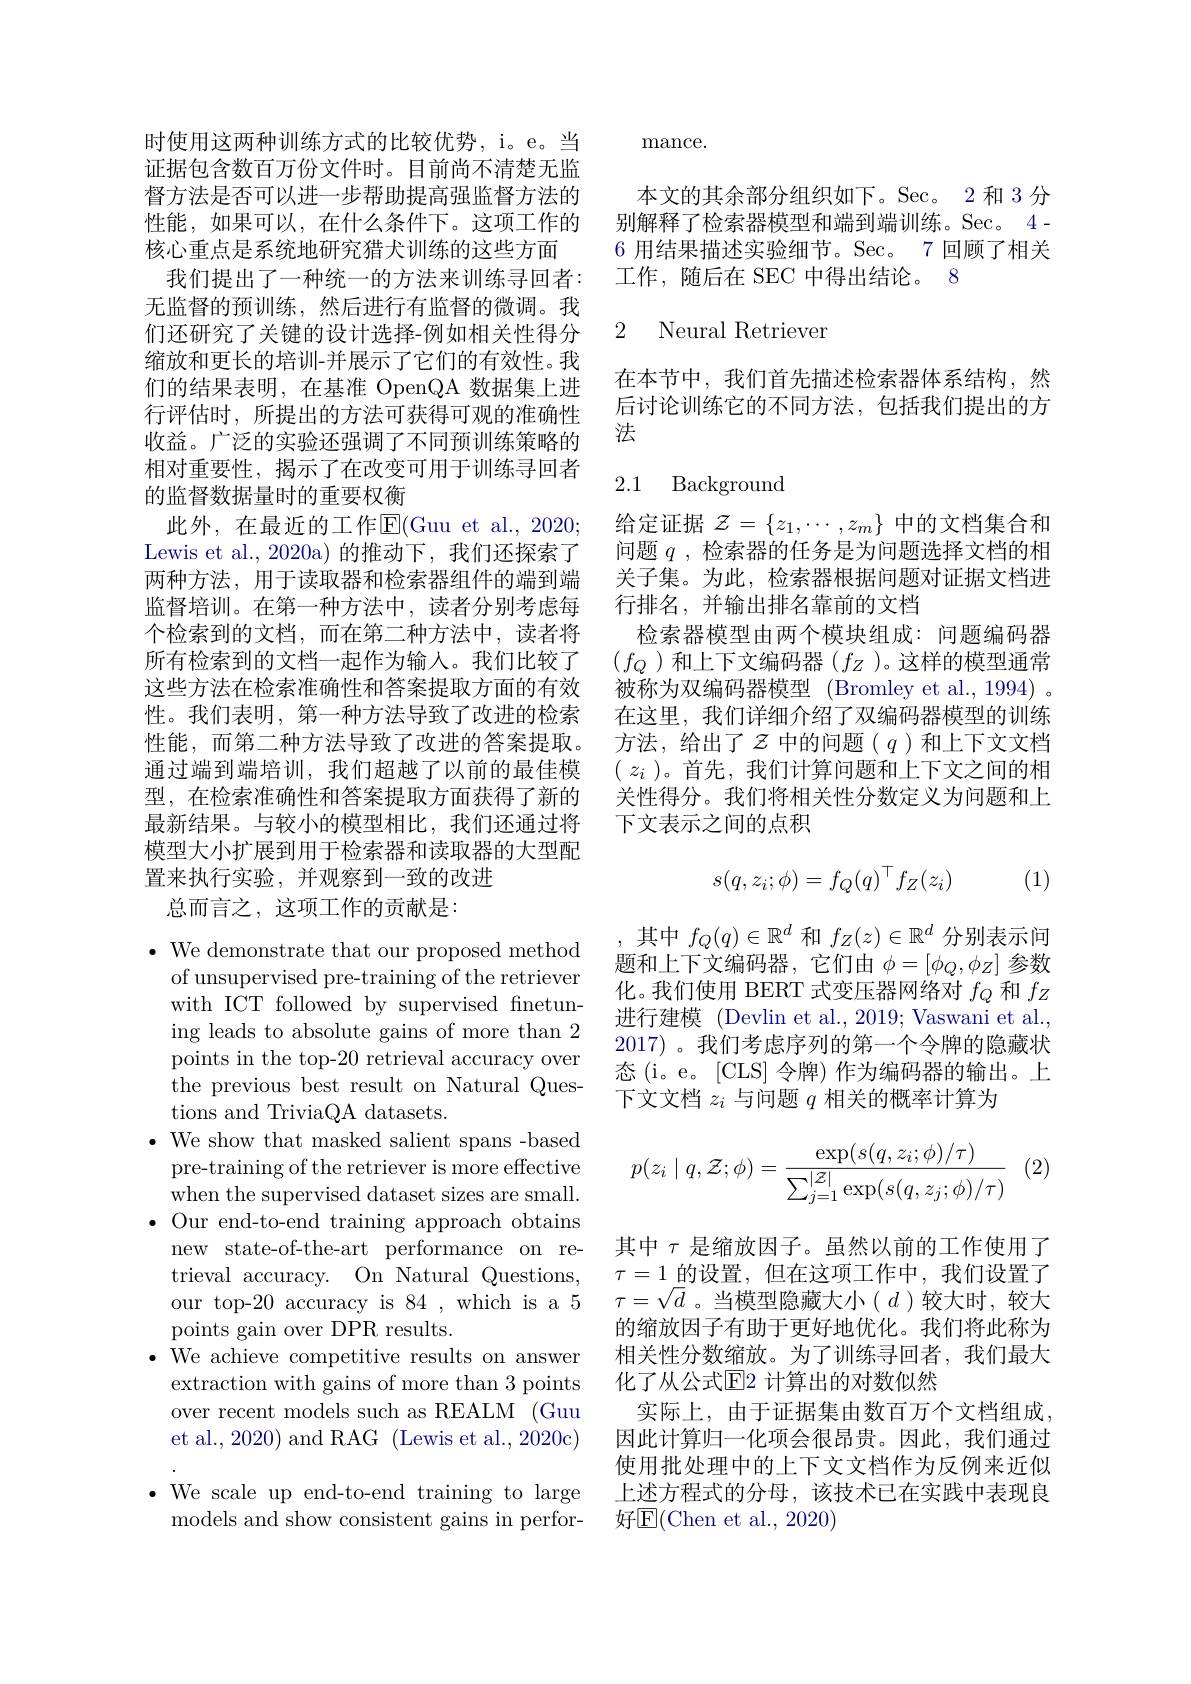
时使用这两种训练方式的比较优势，i。e。当证据包含数百万份文件时。目前尚不清楚无监督方法是否可以进一步帮助提高强监督方法的性能，如果可以，在什么条件下。这项工作的核心重点是系统地研究猎犬训练的这些方面
我们提出了一种统一的方法来训练寻回者： 无监督的预训练，然后进行有监督的微调。我们还研究了关键的设计选择-例如相关性得分缩放和更长的培训-并展示了它们的有效性。我们的结果表明，在基准 OpenQA 数据集上进行评估时，所提出的方法可获得可观的准确性收益。广泛的实验还强调了不同预训练策略的相对重要性，揭示了在改变可用于训练寻回者的监督数据量时的重要权衡
此外，在最近的工作$\mathbb{E}($Guu et al., 2020; Lewis et al.,2020a)的推动下，我们还探两种方法，用于读取器和检索器组件的端到端监督培训。在第一种方法中，读者分别考虑每个检索到的文档，而在第二种方法中，读者将所有检索到的文档一起作为输入。我们比较了这些方法在检索准确性和答案提取方面的有效性。我们表明，第一种方法导致了改进的检索性能，而第二种方法导致了改进的答案提取。通过端到端培训，我们超越了以前的最佳模型，在检索准确性和答案提取方面获得了新的最新结果。与较小的模型相比，我们还通过将模型大小扩展到用于检索器和读取器的大型配置来执行实验，并观察到一致的改进
总而言之，这项工作的贡献是：

$\bullet$ We demonstrate that our
of unsupervised pre-training of the retriever with ICT followed by supervi ing leads to absolute gains of more than 2 points in the top-20 retriev the previous best result on Natural Questions and TriviaQA datasets.
$\bullet$ We show that masked salient spans -based
pre-training of the retrieve when the supervised dataset sizes are small.
$\bullet$ Our end-to-end training approach obtains
new state-of-the-art performance on retrieval accuracy. On Natural Questions, our top-20 accuracy is 84 , which is a 5 points gain over DPR results.
· We achieve competitive results on answer
extraction with gains of more than 3 points over recent models such as REALM (Guu et al., 2020) and RAG (Lewis et al., 2020c)
$\bullet$ We scale up end-to-end training to large
models and show consistent gains in perfor-

mance.

本文的其余部分组织如下。Sec。2 和 3 分别解释了检索器模型和端到端训练。Sec。4- 6 用结果描述实验细节。Sec。7 回顾了相关工作，随后在 SEC 中得出结论。8

2 Neural Retrieven

在本节中，我们首先描述检索器体系结构，然后讨论训练它的不同方法，包括我们提出的方法

## 2.1 Background

给定证据$\mathcal{Z}=\{z_1,\cdots,z_m\}$中的文档集合和问题$q$ ,检索器的任务是为问题选择文档的相关子集。为此，检索器根据问题对证据文档进行排名，并输出排名靠前的文档
检索器模型由两个模块组成：问题编码器$(f_{Q}$)和上下文编码器$(f_Z$)。这样的模型通常被称为双编码器模型 (Bromley et al., 1994) 。在这里，我们详细介绍了双编码器模型的训练方法，给出了$z$ 中的问题($q$)和上下文文档( $z_i$ )。首先，我们计算问题和上下文之间的相关性得分。我们将相关性分数定义为问题和上下文表示之间的点积
$$s(q,z_i;\phi)=f_Q(q)^\top f_Z(z_i)$$
(1)

,其中$f_Q(q)\in\mathbb{R}^d$ 和$f_Z(z)\in\mathbb{R}^d$分别表示问题和上下文编码器，它们由$\phi=[\phi_Q,\phi_Z]$参数化。我们使用 BERT 式变压器网络对$f_Q$和$f_Z$ 进行建模 (Devlin et al., 2019; Vaswani et al., 2017)。我们考虑序列的第一个令牌的隐藏状态(i。e。[CLS]令牌)作为编码器的输出。上下文文档$z_i$与问题$q$相关的概率计算为

(2)
$$p(z_i\mid q,\mathcal{Z};\phi)=\frac{\exp(s(q,z_i;\phi)/\tau)}{\sum_{j=1}^{|\mathcal{Z}|}\exp(s(q,z_j;\phi)/\tau)}$$
其中$\tau$是缩放因子。虽然以前的工作使用了$\tau=1\_$的设置，但在这项工作中，我们设置了$\tau=\sqrt{d}$。当模型隐藏大小$(d)$较大时，较大的缩放因子有助于更好地优化。我们将此称为相关性分数缩放。为了训练寻回者，我们最大化了从公式$\overline{\mathbb{E}}$2 计算出的对数似然
实际上，由于证据集由数百万个文档组成因此计算归一化项会很昂贵。因此，我们通过使用批处理中的上下文文档作为反例来近似上述方程式的分母，该技术已在实践中表现良好$\mathbb{E}($Chen et al., 2020)